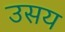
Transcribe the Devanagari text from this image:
उसय